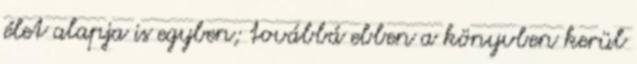
élet alapja is egyben; továbbá ebben a könyvben kerül